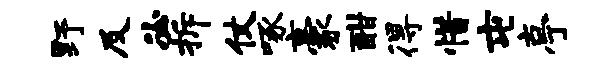
野及必拆仗啄豪酣得惜屯亭